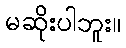
မဆိုးပါဘူး။